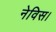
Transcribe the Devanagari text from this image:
नेविस।